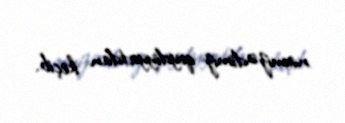
namizədimiz qeydiyyatdan keçib.